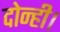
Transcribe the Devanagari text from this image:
दोन्ही।